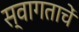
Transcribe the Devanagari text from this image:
स्वागताचें